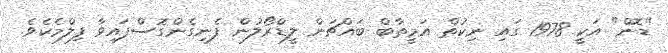
"ޑޮން" އަކީ 1978 ގައި ނިކުތް އަމީތާބް ބައްޗަން ލީޑްރޯލުން ފެނިގެންގޮސްފައިވާ ފިލްމެކެވެ.